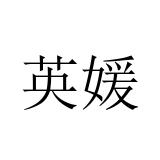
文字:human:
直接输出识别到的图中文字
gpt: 英媛